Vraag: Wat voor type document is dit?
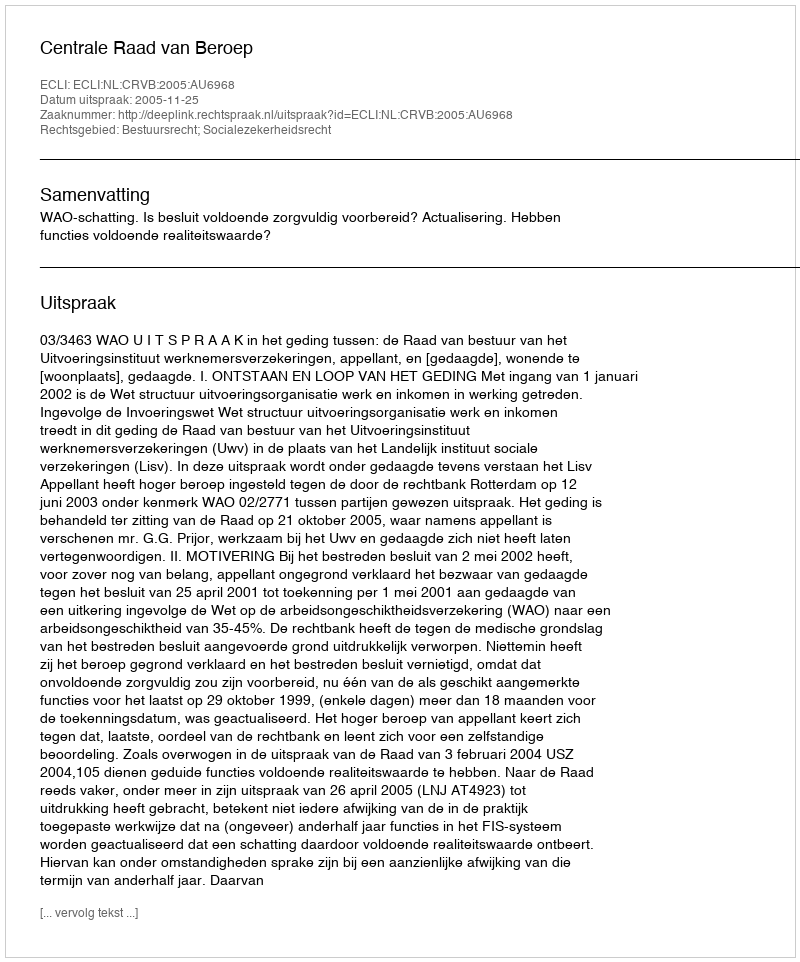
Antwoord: Uitspraak